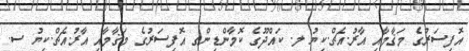
އޮފިސަރުގެ މަޤާމާއި އާރު.އެޗް.ކިޔު ލ. ކައްދޫގެ ކޮމާންޑިންގ އޮފިސަރުގެ މަޤާމާއި އާރު.އެޗް.ކިޔު ސ.